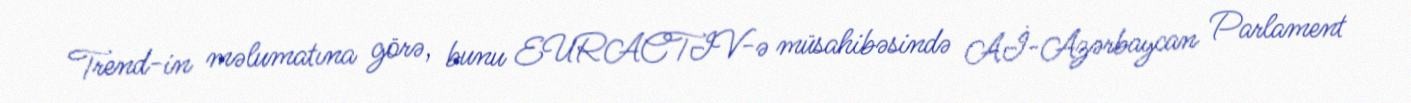
Trend-in məlumatına görə, bunu EURACTIV-ə müsahibəsində Aİ-Azərbaycan Parlament